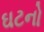
ઘટનો